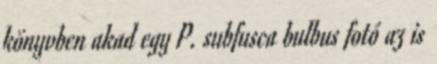
könyvben akad egy P. subfusca bulbus fotó az is